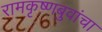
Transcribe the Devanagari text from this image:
रामकृष्णबुवांचा